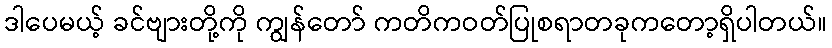
ဒါပေမယ့် ခင်ဗျားတို့ကို ကျွန်တော် ကတိကဝတ်ပြုစရာတခုကတော့ရှိပါတယ်။